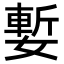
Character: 㜞